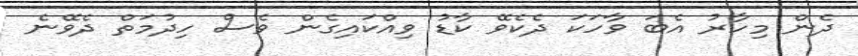
ދެން މިހާރު އެބަ ވާހަކަ ދެކެވޭ ކާޑު ވިއްކައިގެން ވެސް ހިދުމަތް ދެވޭނެ